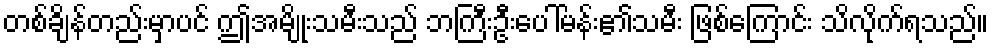
တစ်ချိန်တည်းမှာပင် ဤအမျိုးသမီးသည် ဘကြီးဦးပေါ်မန်း၏သမီး ဖြစ်ကြောင်း သိလိုက်ရသည်။